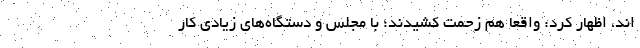
اند، اظهار کرد: واقعا هم زحمت کشیدند؛ با مجلس و دستگاه‌های زیادی کار